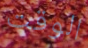
الوقت